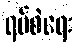
ရပ်စဲရေး